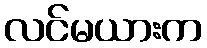
လင်မယားက